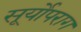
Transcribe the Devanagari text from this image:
सूर्योपराग